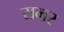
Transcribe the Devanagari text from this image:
रामर